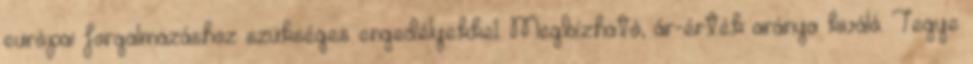
európai forgalmazáshoz szükséges engedélyekkel. Megbízható, ár-érték aránya kiváló. Tegye